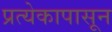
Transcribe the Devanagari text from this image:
प्रत्येकापासून